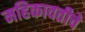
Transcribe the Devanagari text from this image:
महिकावतीचे